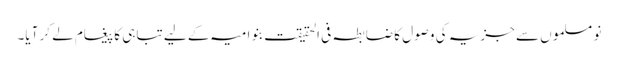
نو مسلموں سے جزیہ کی وصول کا ضابطہ فی الحقیقت بنو امیہ کے لیے تباہی کا پیغام لے کر آیا۔